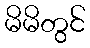
မိမိတွင်